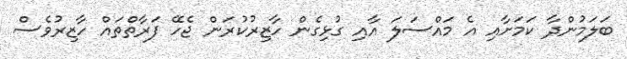
ބަލަމުންދާ ކަމަށާއި އެ މައްސަލަ އާއި ގުޅިގެން ހާޒިރުކުރަން ޖެހޭ ފަރާތްތައް ހާޒިރުވެސް